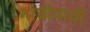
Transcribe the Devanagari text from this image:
गांधीवाधी